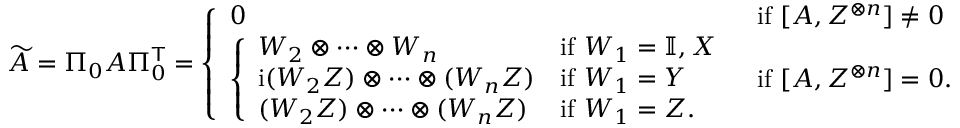
\widetilde { A } = \Pi _ { 0 } A \Pi _ { 0 } ^ { \mathsf { T } } = \left\{ \begin{array} { l l } { 0 } & { \mathrm { i f ~ } [ A , Z ^ { \otimes n } ] \neq 0 } \\ { \left\{ \begin{array} { l l } { W _ { 2 } \otimes \cdots \otimes W _ { n } } & { \mathrm { i f ~ } W _ { 1 } = \mathbb { I } , X } \\ { \mathrm { i } ( W _ { 2 } Z ) \otimes \cdots \otimes ( W _ { n } Z ) } & { \mathrm { i f ~ } W _ { 1 } = Y } \\ { ( W _ { 2 } Z ) \otimes \cdots \otimes ( W _ { n } Z ) } & { \mathrm { i f ~ } W _ { 1 } = Z . } \end{array} \right. } & { \mathrm { i f ~ } [ A , Z ^ { \otimes n } ] = 0 . } \end{array} \right.